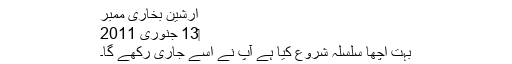
ارشین بخاری ممبر
‏13 جنوری 2011
بہت اچھا سلسلہ شروع کیا ہے آپ نے اسے جاری رکھے گا۔